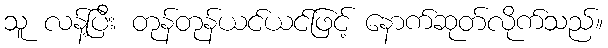
သူ လန့်ပြီး တုန်တုန်ယင်ယင်ဖြင့် နောက်ဆုတ်လိုက်သည်။